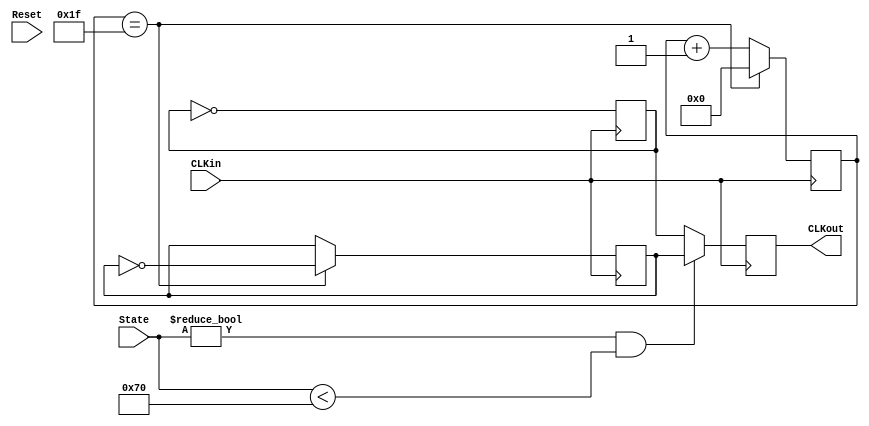
module CLK_Divider(
    input              CLKin,
    input              Reset,
    input       [7:0]  State,
    output reg         CLKout
);

reg         CLKfast, CLKslow;
reg  [4:0]  COUNTERslow;

initial
begin
    CLKfast     <= 1'b0;
    CLKslow     <= 1'b0;
    COUNTERslow <= 5'b0;
end

always @(posedge CLKin)
begin
    CLKout  <= (State != 8'h00 && State < 8'h70) ? CLKslow : CLKfast;
end

always @(posedge CLKin)
begin
    if (COUNTERslow == 5'b11111)        //NOTE: 781KHz
        begin
            CLKslow     <= ~CLKslow;
            COUNTERslow <= 5'b00000;
        end
    else    COUNTERslow <= COUNTERslow + 1'b1;

    CLKfast     <= ~CLKfast;            //NOTE: 50MHz
end

endmodule